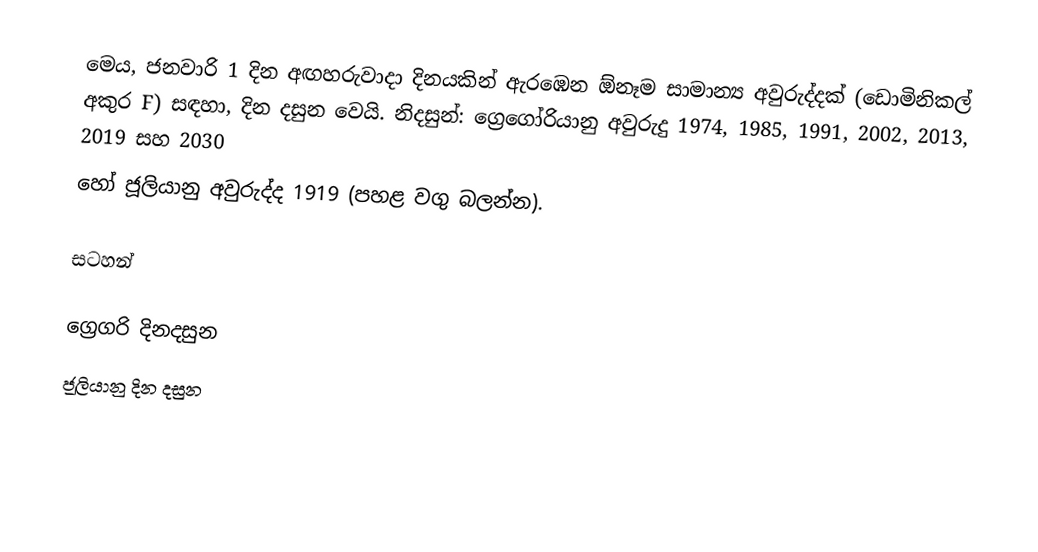
මෙය, ජනවාරි 1 දින අඟහරුවාදා දිනයකින් ඇරඹෙන ඕනෑම  සාමාන්‍ය අවුරුද්දක්  (ඩොමිනිකල් අකුර F) සඳහා,  දින දසුන වෙයි. නිදසුන්: ග්‍රෙගෝරියානු අවුරුදු 1974, 1985, 1991, 2002, 2013, 2019 සහ 2030
හෝ ජූලියානු අවුරුද්ද 1919 (පහළ වගු බලන්න).

සටහන්

ග්‍රෙගරි දිනදසුන
ජූලියානු දින දසුන